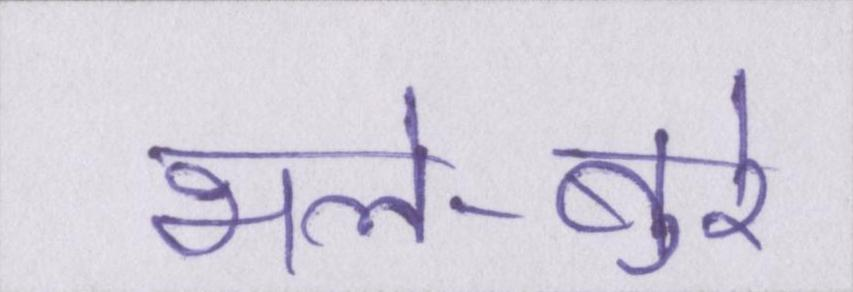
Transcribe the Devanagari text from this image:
भले-बुरे